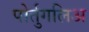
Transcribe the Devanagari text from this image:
पोर्तुगलिअ